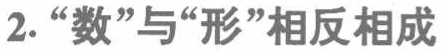
2. “数”与“形”相反相成